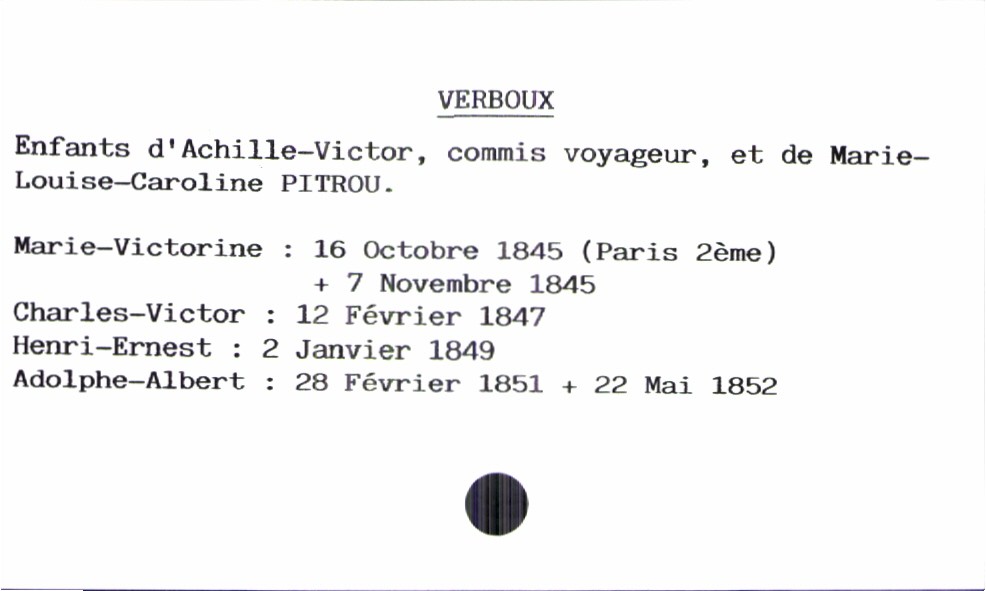
type_acte: Baptême
filiation: fils
enfant_prénom: Adolphe-Albert
enfant_date_de_naissance: 28 février 1851
enfant_lieu_de_naissance: Paris 2ème
enfant_date_de_décès: 22 mai 1852
père_enfant_nom: Verboux
père_enfant_prénom: Achille-Victor
père_enfant_profession: commis voyageur
mère_enfant_nom: Pitrou
mère_enfant_prénom: Marie-Louis-Caroline